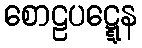
စောဠပဋ္ဋေန